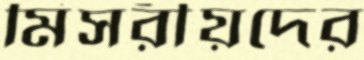
মিসরীয়দের